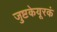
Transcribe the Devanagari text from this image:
जुष्टकेयूरकं